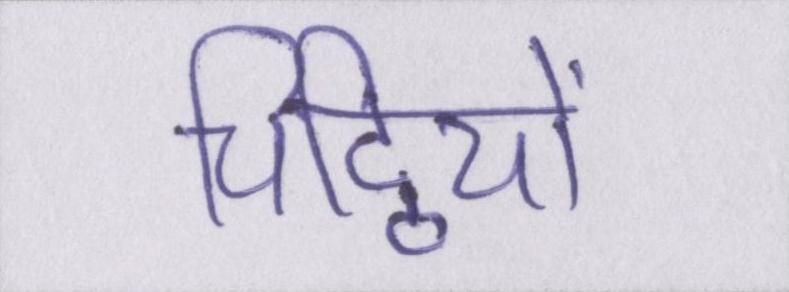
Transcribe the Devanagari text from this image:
चिट्ठियों